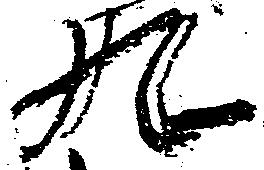
九